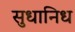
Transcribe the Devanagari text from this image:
सुधानिध